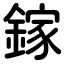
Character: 鎵